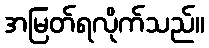
အမြတ်ရလိုက်သည်။